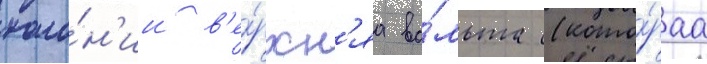
коло́н'ии в'е́рхн'яа во́льта (кото́раа